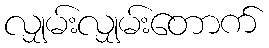
လျှမ်းလျှမ်းတောက်